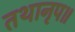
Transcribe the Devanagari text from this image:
तथानृप॥